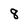
Character: 8